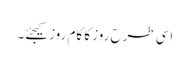
اسی طرح روز کا کام روز کیجئے۔